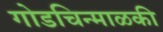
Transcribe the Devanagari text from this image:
गोडचिन्माळकी